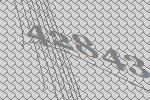
42843